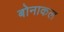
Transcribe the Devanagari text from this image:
बोनाकल